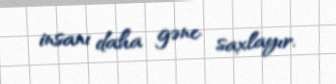
insanı daha gənc saxlayır.